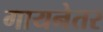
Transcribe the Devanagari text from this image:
गायनेतर